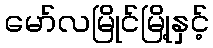
မော်လမြိုင်မြို့နှင့်